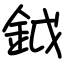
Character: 鉞